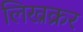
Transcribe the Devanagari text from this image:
लिख्रक्रर